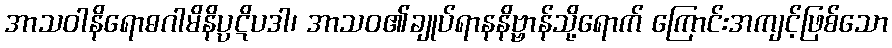
အာသဝါနိရောဓဂါမိနိပ္ပဋိပဒါ၊ အာသဝ၏ချုပ်ရာနနိဗ္ဗာန်သို့ရောက် ကြောင်းအကျင့်ဖြစ်သော